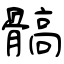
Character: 髇